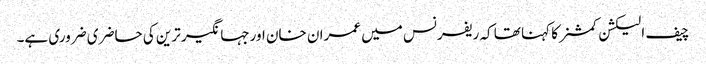
چیف الیکشن کمشنر کا کہنا تھا کہ ریفرنس میں عمران خان اورجہانگیر ترین کی حاضری ضروری ہے۔